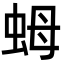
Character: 𧉯